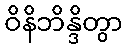
ဝိနိဘိန္ဒိတွာ